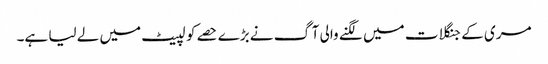
مری کے جنگلات میں لگنے والی آگ نے بڑے حصے کو لپیٹ میں لے لیا ہے۔